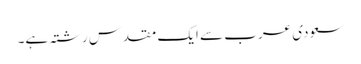
سعودی عرب سے ایک مقدس رشتہ ہے۔